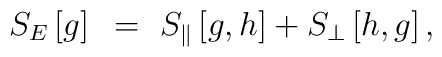
S_{E}\left[g\right]~=~S_{\|}\left[g,h\right]+S_{\perp}\left[h,g\right],